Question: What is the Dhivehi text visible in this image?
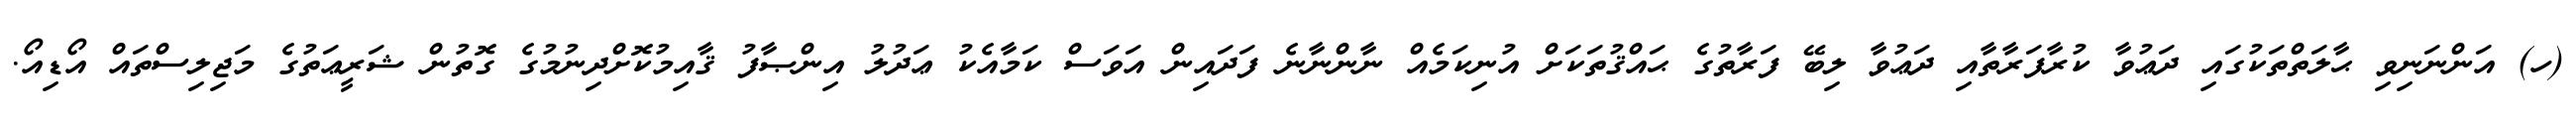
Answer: (ހ) އަންނަނިވި ޙާލަތްތަކުގައި ދަޢުވާ ކުރާފަރާތާއި ދަޢުވާ ލިބޭ ފަރާތުގެ ޙައްޤުތަކަށް އުނިކަމެއް ނާންނާނެ ފަދައިން އަވަސް ކަމާއެކު ޢަދުލު އިންޞާފު ޤާއިމުކޮށްދިނުމުގެ ގޮތުން ޝަރީޢަތުގެ މަޖިލިސްތައް އޯޑިއޯ.